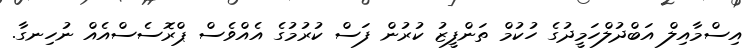
އިސްމާއިލް އަބްދުލްހަމީދުގެ ހުކުމް ތަންފީޒު ކުރުން ފަސް ކުރުމުގެ އެއްވެސް ޕްރޮސެސްއެއް ނުހިނގާ.